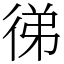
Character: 㣢